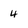
Character: 4